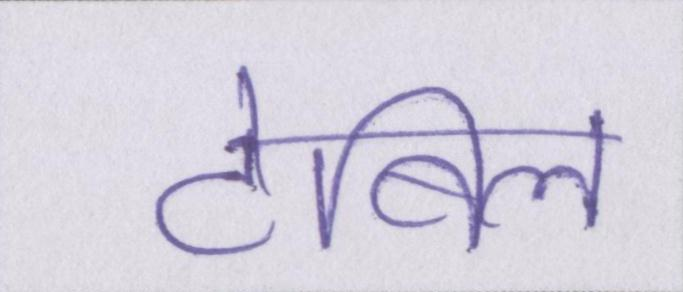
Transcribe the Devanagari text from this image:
टेबिल